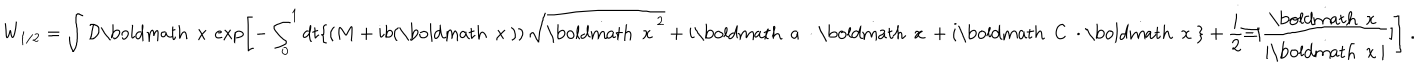
LaTeX: W _ { 1 / 2 } = \int { \cal D } { \mathrm { \boldmath ~ x ~ } } \exp \left[ - \int _ { 0 } ^ { 1 } d t \{ \left( M + i b ( { \mathrm { \boldmath ~ x ~ } } ) \right) \sqrt { \dot { { \mathrm { \boldmath ~ x ~ } } } ^ { 2 } } + i { \mathrm { \boldmath ~ a ~ } } \cdot \dot { \mathrm { \boldmath ~ x ~ } } + i { \mathrm { \boldmath ~ C ~ } } \cdot \dot { \mathrm { \boldmath ~ x ~ } } \} + \frac { i } { 2 } \Xi [ \frac { \dot { { \mathrm { \boldmath ~ x ~ } } } } { | \dot { { \mathrm { \boldmath ~ x ~ } } } | } ] \right] \; .